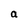
Character: a